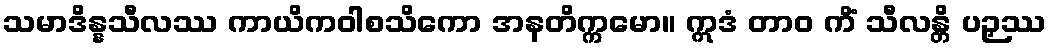
သမာဒိန္နသီလဿ ကာယိကဝါစသိကော အနတိက္ကမော။ ဣဒံ တာဝ ကိံ သီလန္တိ ပဉှဿ